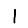
Digit: 1